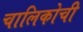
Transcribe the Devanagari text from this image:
चालिकोची